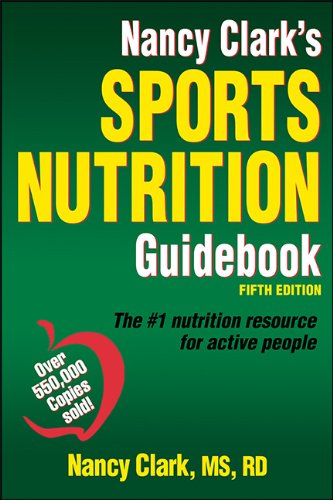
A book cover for Nancy Clark's Sports Nutrition Guidebook-5th Edition; Nancy Clark; Medical Books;